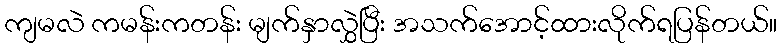
ကျမလဲ ကမန်းကတန်း မျက်နှာလွှဲပြီး အသက်အောင့်ထားလိုက်ရပြန်တယ်။